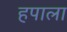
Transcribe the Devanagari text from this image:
हपाला